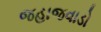
જહાજવાડો